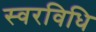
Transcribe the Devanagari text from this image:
स्वरविधि